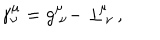
\gamma _ { \nu } ^ { \mu } = g _ { \ \nu } ^ { \mu } - \perp _ { \, \nu } ^ { \! \mu } \, ,